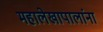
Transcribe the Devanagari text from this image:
महालेखापालांना